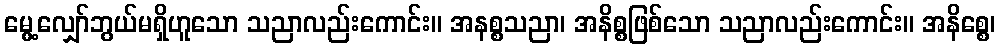
မွေ့လျှော်ဘွယ်မရှိဟူသော သညာလည်းကောင်း။ အနစ္စသညာ၊ အနိစ္စဖြစ်သော သညာလည်းကောင်း။ အနိစ္စေ၊